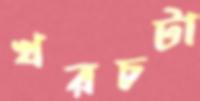
খরচটা